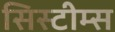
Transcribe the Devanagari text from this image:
सिस्टीम्स